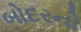
બોદરનો